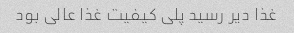
غذا دیر رسید پلی کیفیت غذا عالی بود